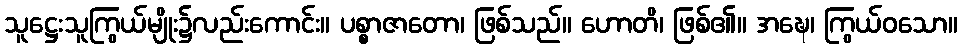
သူဋ္ဌေးသူကြွယ်မျိုး၌လည်းကောင်း။ ပစ္စာဇာတော၊ ဖြစ်သည်။ ဟောတိ၊ ဖြစ်၏။ အဍ္ဎေ၊ ကြွယ်ဝသော။